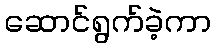
ဆောင်ရွက်ခဲ့ကာ